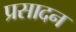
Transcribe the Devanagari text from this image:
प्रसादन